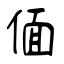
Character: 偭